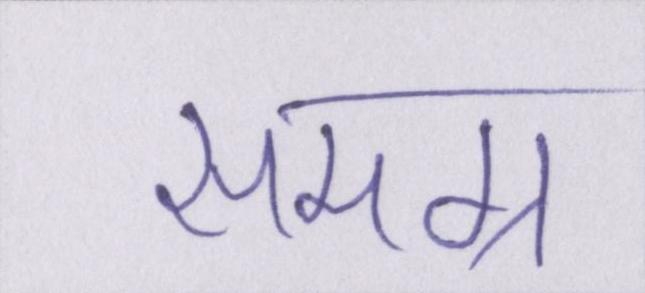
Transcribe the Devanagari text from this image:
समग्र